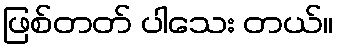
ဖြစ်တတ် ပါသေး တယ်။